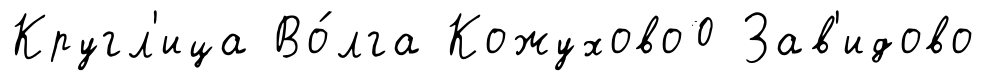
Кругл'ица Во́лга Кожухово0 Зав'идово